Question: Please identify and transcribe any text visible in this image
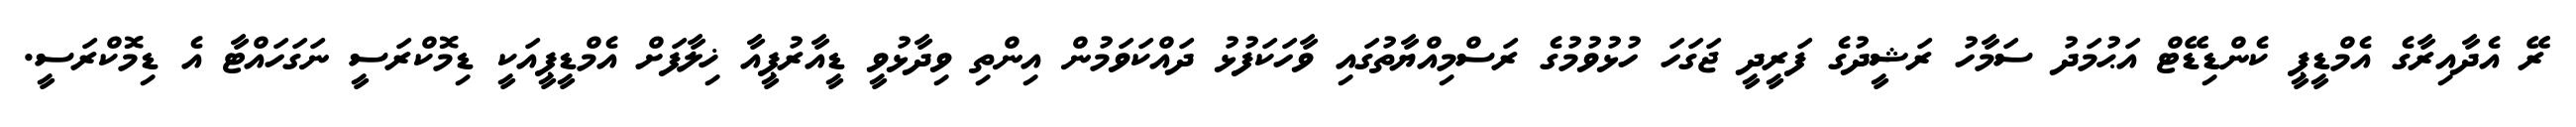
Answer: ރޭ އެދާއިރާގެ އެމްޑީޕީ ކެންޑިޑޭޓް އަޙުމަދު ސަމާހު ރަޝީދުގެ ފަރީދީ ޖަގަހަ ހުޅުވުމުގެ ރަސްމިއްޔާތުގައި ވާހަކަފުޅު ދައްކަވަމުން އިންތި ވިދާޅުވީ ޑީއާރުޕީއާ ޚިލާފަށް އެމްޑީޕީއަކީ ޑިމޮކްރަސީ ނަގަހައްޓާ އެ ޑިމޮކްރަސީ.